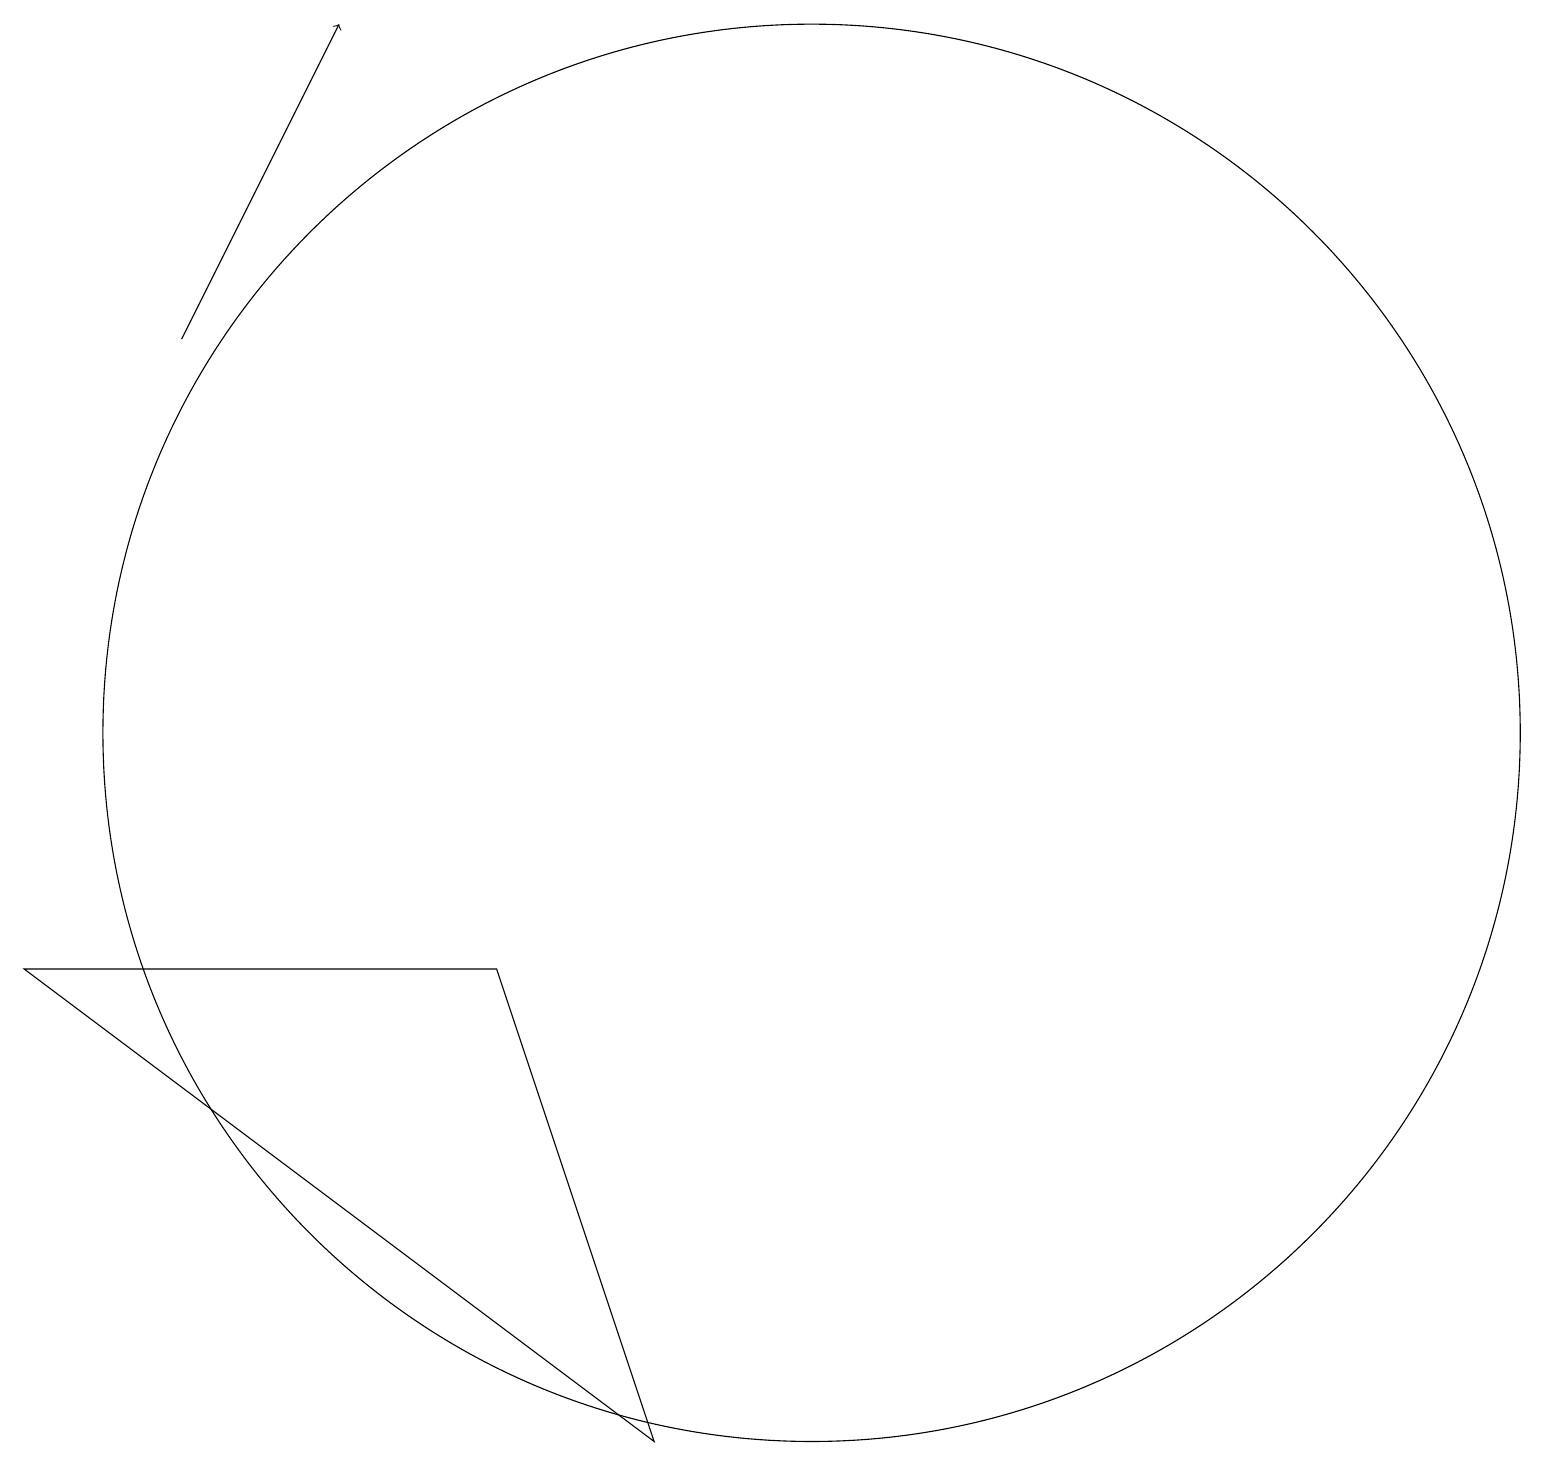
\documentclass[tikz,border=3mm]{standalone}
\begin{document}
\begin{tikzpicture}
\draw (6,7) -- (8,1) -- (0,7) -- cycle;
\draw[->] (2,15) -- (4,19);
\draw (10,10) circle (9);
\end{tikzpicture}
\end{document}